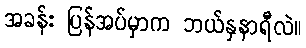
အခန်း ပြန်အပ်မှာက ဘယ်နှနာရီလဲ။